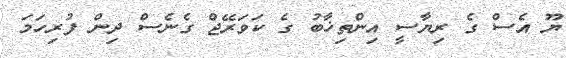
ޔޫ އެސް ގެ ރިޔާސީ އިންތިޚާބު ގެ ކަވަރޭޖް ގެނެސް ދިން ފުރިހަމަ